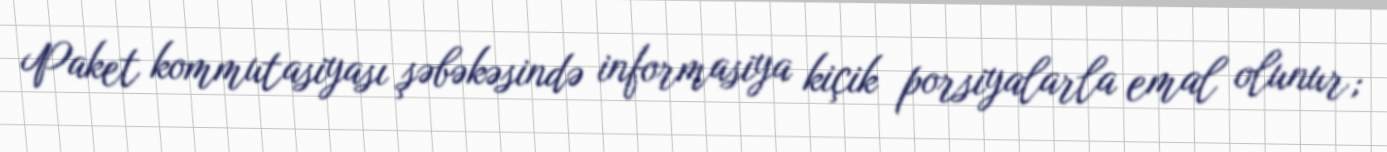
Paket kommutasiyası şəbəkəsində informasiya kiçik porsiyalarla emal olunur;